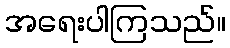
အရေးပါကြသည်။